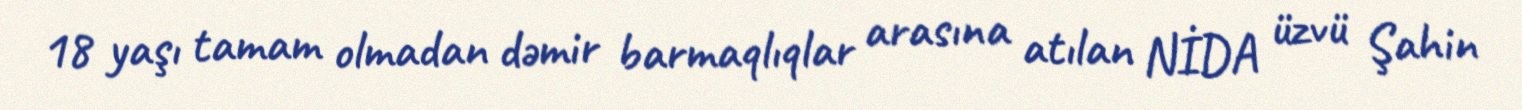
18 yaşı tamam olmadan dəmir barmaqlıqlar arasına atılan NİDA üzvü Şahin